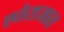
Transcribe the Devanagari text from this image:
एतेराजात